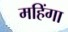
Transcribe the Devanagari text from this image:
महिंगा